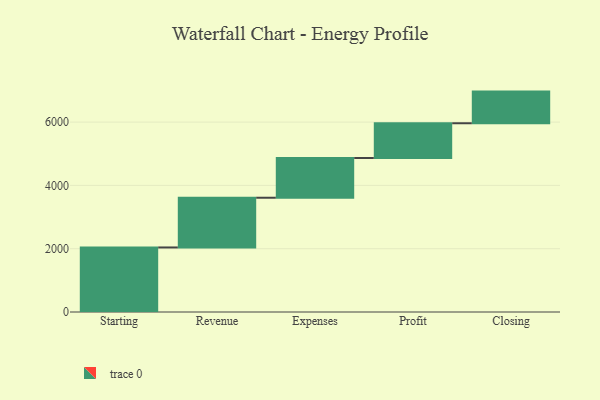
{"axis": {"x": "Step", "y": "Value"}, "legend": [""], "data": [{"x": "Starting", "y": 2039.0, "type": ""}, {"x": "Revenue", "y": 1571.0, "type": ""}, {"x": "Expenses", "y": 1256.0, "type": ""}, {"x": "Profit", "y": 1097.0, "type": ""}, {"x": "Closing", "y": 1000, "type": ""}]}